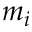
m _ { i }